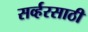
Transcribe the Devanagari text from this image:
सर्व्हरसाठी